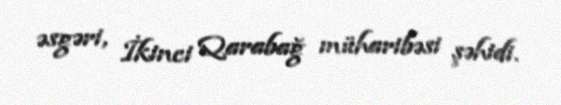
əsgəri, İkinci Qarabağ müharibəsi şəhidi.